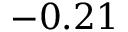
- 0 . 2 1